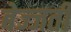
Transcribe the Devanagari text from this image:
बेज्जती